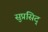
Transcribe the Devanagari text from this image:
सुप्रसिद्